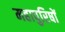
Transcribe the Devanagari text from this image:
महापुरिषों